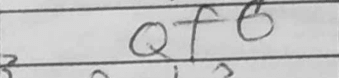
Transcription: Qf6